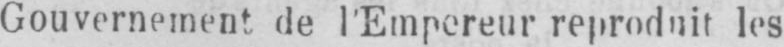
Gouvernement de l’Empereur reproduit les